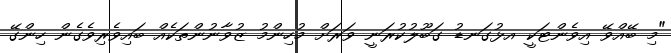
"މި ބޭއްވޭ އިވެންޓަކީ އޅުގަނޑު ގަބޫލުކުރަނީ ވަރަށް މުހިންމު ޒުވާނުންތަކެއް ބައިވެރިވެގެން ހިންގޭ